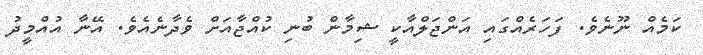
ކަމެއް ނޫނެވެ. ފަހަރެއްގައި އަންޖަލްއާކީ ޝިމާން ބުނި ކުއްޖާއަށް ވެދާނެއެވެ. އޭނާ އުއްމީދު